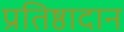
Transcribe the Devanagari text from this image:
प्रतिष्ठादान